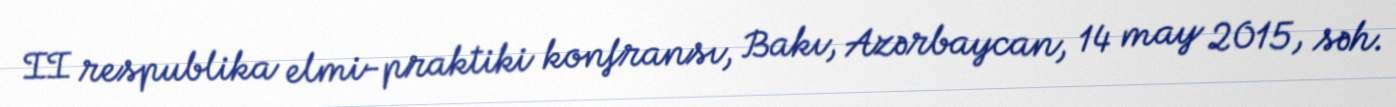
II respublika elmi-praktiki konfransı, Bakı, Azərbaycan, 14 may 2015, səh.